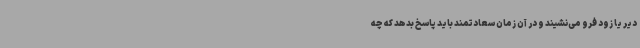
دیر یا زود فرو می‌نشیند و در آن زمان سعادتمند باید پاسخ بدهد که چه